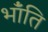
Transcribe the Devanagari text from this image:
भाँंति